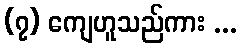
(၇) ကျေဟူသည်ကား ...